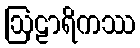
ဩဠာရိကဿ